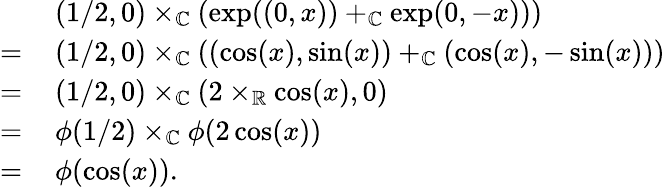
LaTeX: \begin{array}{rl}&{(1/2,0)\times_{\mathbb{C}}(\exp((0,x))+_{\mathbb{C}}\exp(0,-x)))}\\ {=\, }&{(1/2,0)\times_{\mathbb{C}}((\cos(x),\sin(x))+_{\mathbb{C}}(\cos(x),-\sin(x)))}\\ {=\, }&{(1/2,0)\times_{\mathbb{C}}(2\times_{\mathbb{R}}\cos(x),0)}\\ {=\, }&{\phi(1/2)\times_{\mathbb{C}}\phi(2\cos(x))}\\ {=\, }&{\phi(\cos(x)).}\end{array}